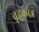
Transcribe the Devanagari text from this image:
वृद्धकरंज